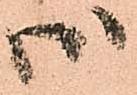
御